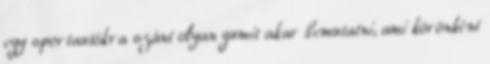
egy sportautókra szánt olyan gumit akar bemutatni, ami körönként